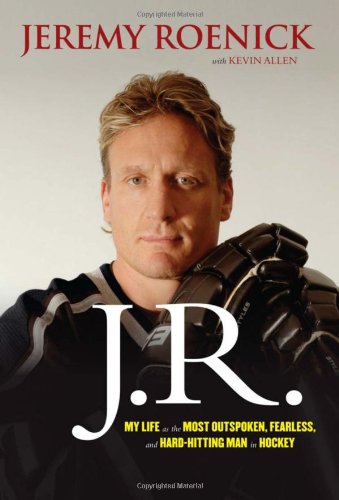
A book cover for J.R.: My Life as the Most Outspoken, Fearless, and Hard-Hitting Man in Hockey; Jeremy Roenick; Biographies & Memoirs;